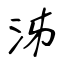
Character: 泲